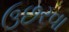
ઉછરવા